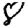
Digit: 8